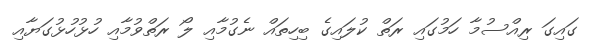
ގައިގަ ރިއްސުމާ ހަމުގައި ރަތް ކުލައިގެ ބިހިތައް ނެގުމާއި ލޯ ރަތްވުމާއި ހުޅުހުޅުގަޔާއި